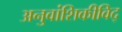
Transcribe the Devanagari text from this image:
अनुवांशिकीविद्